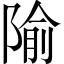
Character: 隃